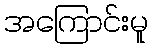
အကြောင်းမူ